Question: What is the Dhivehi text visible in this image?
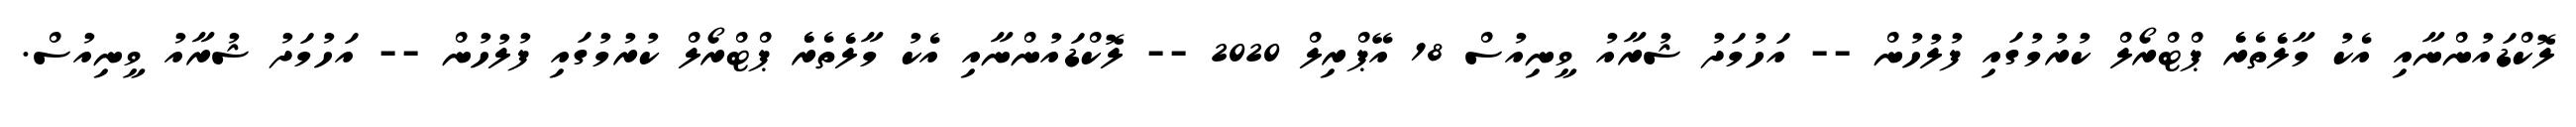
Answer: ލޮކްޑައުންނާއި އެކު މާލެެތެރެެ ޕްޓްރޯލް ކުރުމުގައި ފުލުހުން -- އަހުމަދު ޝުރާއު ވީނިއުސް 18 އޭޕްރިލް 2020 -- ލޮކްޑައުންނާއި އެކު މާލެެތެރެެ ޕްޓްރޯލް ކުރުމުގައި ފުލުހުން -- އަހުމަދު ޝުރާއު ވީނިއުސް.